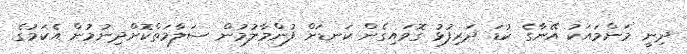
ދިނީ މަންމައަކު އޭނާގެ ކުޑަ ދަރިފުޅު ގޮވައިގެން ކަނޑަށް ފުންމާލުމުން ސަލާމަތްކޮށްދިނުމުން އެކަމުގެ